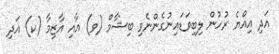
އަދި އިއްޔެ ރުހުން ލިބިވަޑައިނުގެންނެވި ބިޝާމް (ވ) އާއި އާޒިމާ (ކ) އަދި